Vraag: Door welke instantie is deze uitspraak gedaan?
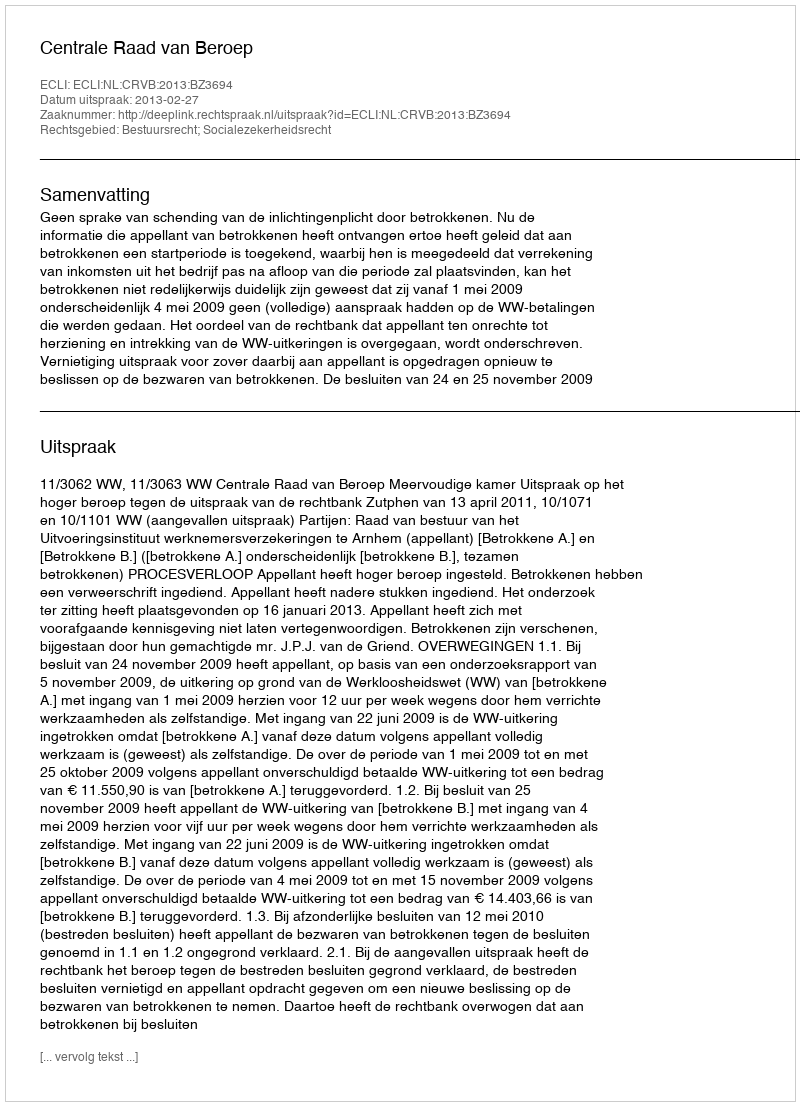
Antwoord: Centrale Raad van Beroep